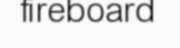
fireboard